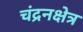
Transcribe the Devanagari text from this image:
चंद्रनक्षेत्र